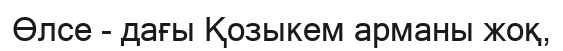
Өлсе - дағы Қозыкем арманы жоқ,